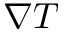
\nabla T